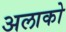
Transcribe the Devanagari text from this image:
अलाको